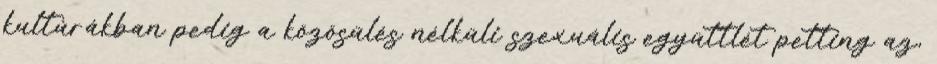
kultúrákban pedig a közösülés nélküli szexuális együttlét petting az,